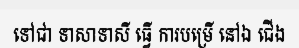
ទៅជា ទាសាទាសី ធ្វើ ការបម្រើ នៅឯ ជើង